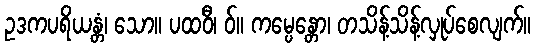
ဥဒကပရိယန္တံ၊ သော။ ပထဝီ၊ ဝ်။ ကမ္ပေန္တော၊ တသိန့်သိန့်လှုပ်စေလျက်။